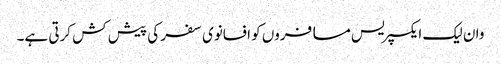
وان لیک ایکسپریس مسافروں کو افسانوی سفر کی پیش کش کرتی ہے۔